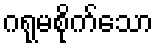
ဂရုမစိုက်သော